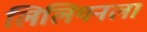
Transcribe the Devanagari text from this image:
लिलियनला